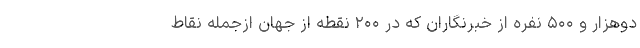
دوهزار و ۵۰۰ نفره از خبرنگاران که در ۲۰۰ نقطه از جهان ازجمله نقاط